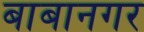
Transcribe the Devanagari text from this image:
बाबानगर